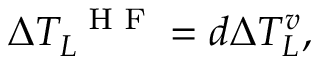
\Delta T _ { L } ^ { \mathrm { ~ \scriptsize ~ H ~ F ~ } } = d \Delta T _ { L } ^ { v } ,